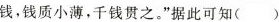
钱，钱质小薄，千钱贯之。”据此可知( )